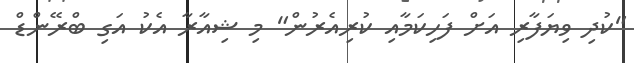
"ކުދި ވިޔަފާރި އަށް ފަހިކަމާއި ކުރިއެރުން" މި ޝިއާރާ އެކު އަގި ބްރޭންޑް